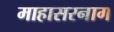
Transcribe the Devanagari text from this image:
माहासरनाग